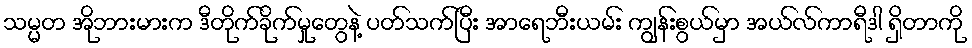
သမ္မတ အိုဘားမားက ဒီတိုက်ခိုက်မှုတွေနဲ့ ပတ်သက်ပြီး အာရေဘီးယမ်း ကျွန်းစွယ်မှာ အယ်လ်ကာရီဒါ ရှိတာကို